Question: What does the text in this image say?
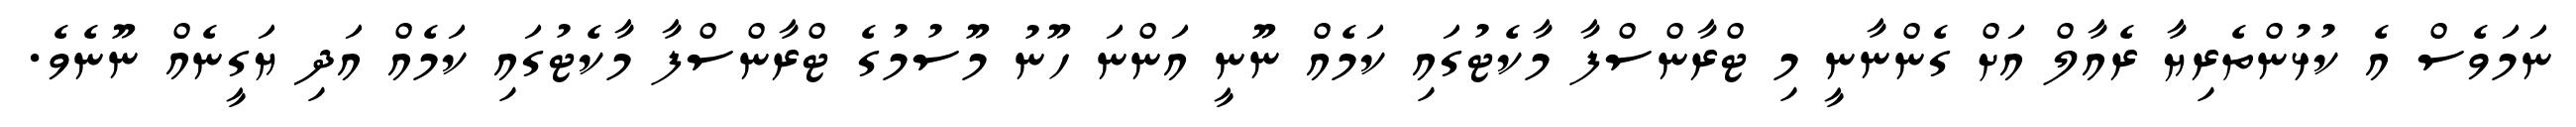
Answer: ނަމަވެސް އެ ކުޅުންތެރިޔާ ރެއާލް އަށް ގެންނާނީ މި ޓްރާންސްފާ މާކެޓުގައި ކަމެއް ނޫނީ އަންނަ ހޫނު މޫސުމުގެ ޓްރާންސްފާ މާކެޓުގައި ކަމެއް އަދި ޔަގީނެއް ނޫނެވެ.